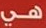
هي